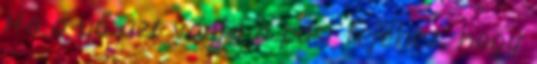
Ha a nő azt vágja a pasi fejéhez, hogy